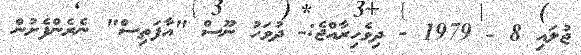
ޖުލައި 8 - 1979 - ދިވެހިރާއްޖެ:- ދުވަހު ނޫސް "އާފަތިސް" ނެރެންފެށުން